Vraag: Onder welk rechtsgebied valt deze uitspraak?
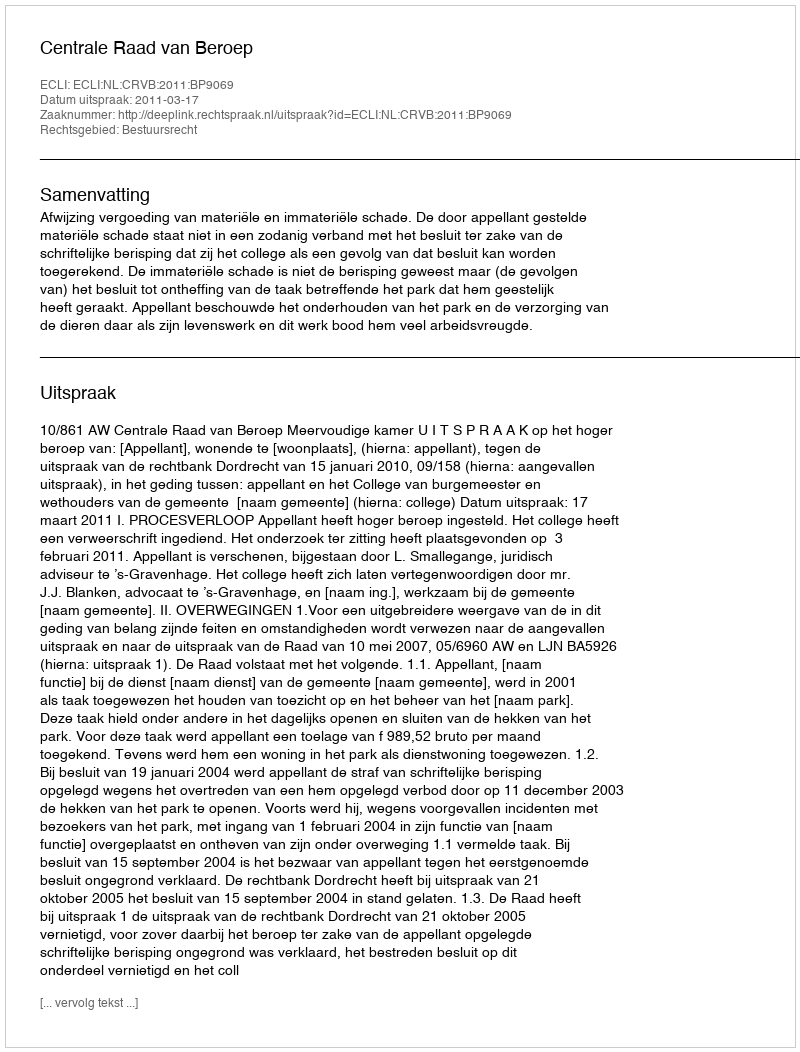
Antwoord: Bestuursrecht